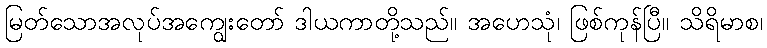
မြတ်သောအလုပ်အကျွေးတော် ဒါယကာတို့သည်။ အဟေသုံ၊ ဖြစ်ကုန်ပြီ။ သိရိမာစ၊